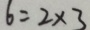
6 = 2 \times 3